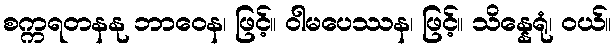
စက္ကရတနနု ဘာဝေန၊ ဖြင့်။ ဝါမပေဿန၊ ဖြင့်။ သိန္နေရုံ၊ ဝယ်။